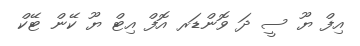
އިފް ޔޫ ސީ ދަ ވޮންޑަރ އޮފް އިޓް ޔޫ ކޭން ޓޭކް